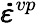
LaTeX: \pmb{\dot{\varepsilon}}^{vp}